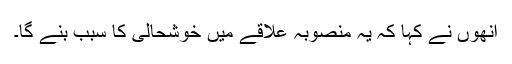
اُنھوں نے کہا کہ یہ منصوبہ علاقے میں خوشحالی کا سبب بنے گا۔